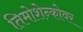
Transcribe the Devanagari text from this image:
तिमोशेन्कोवर